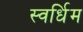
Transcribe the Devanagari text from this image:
स्वर्धिम